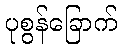
ပုစွန်ခြောက်